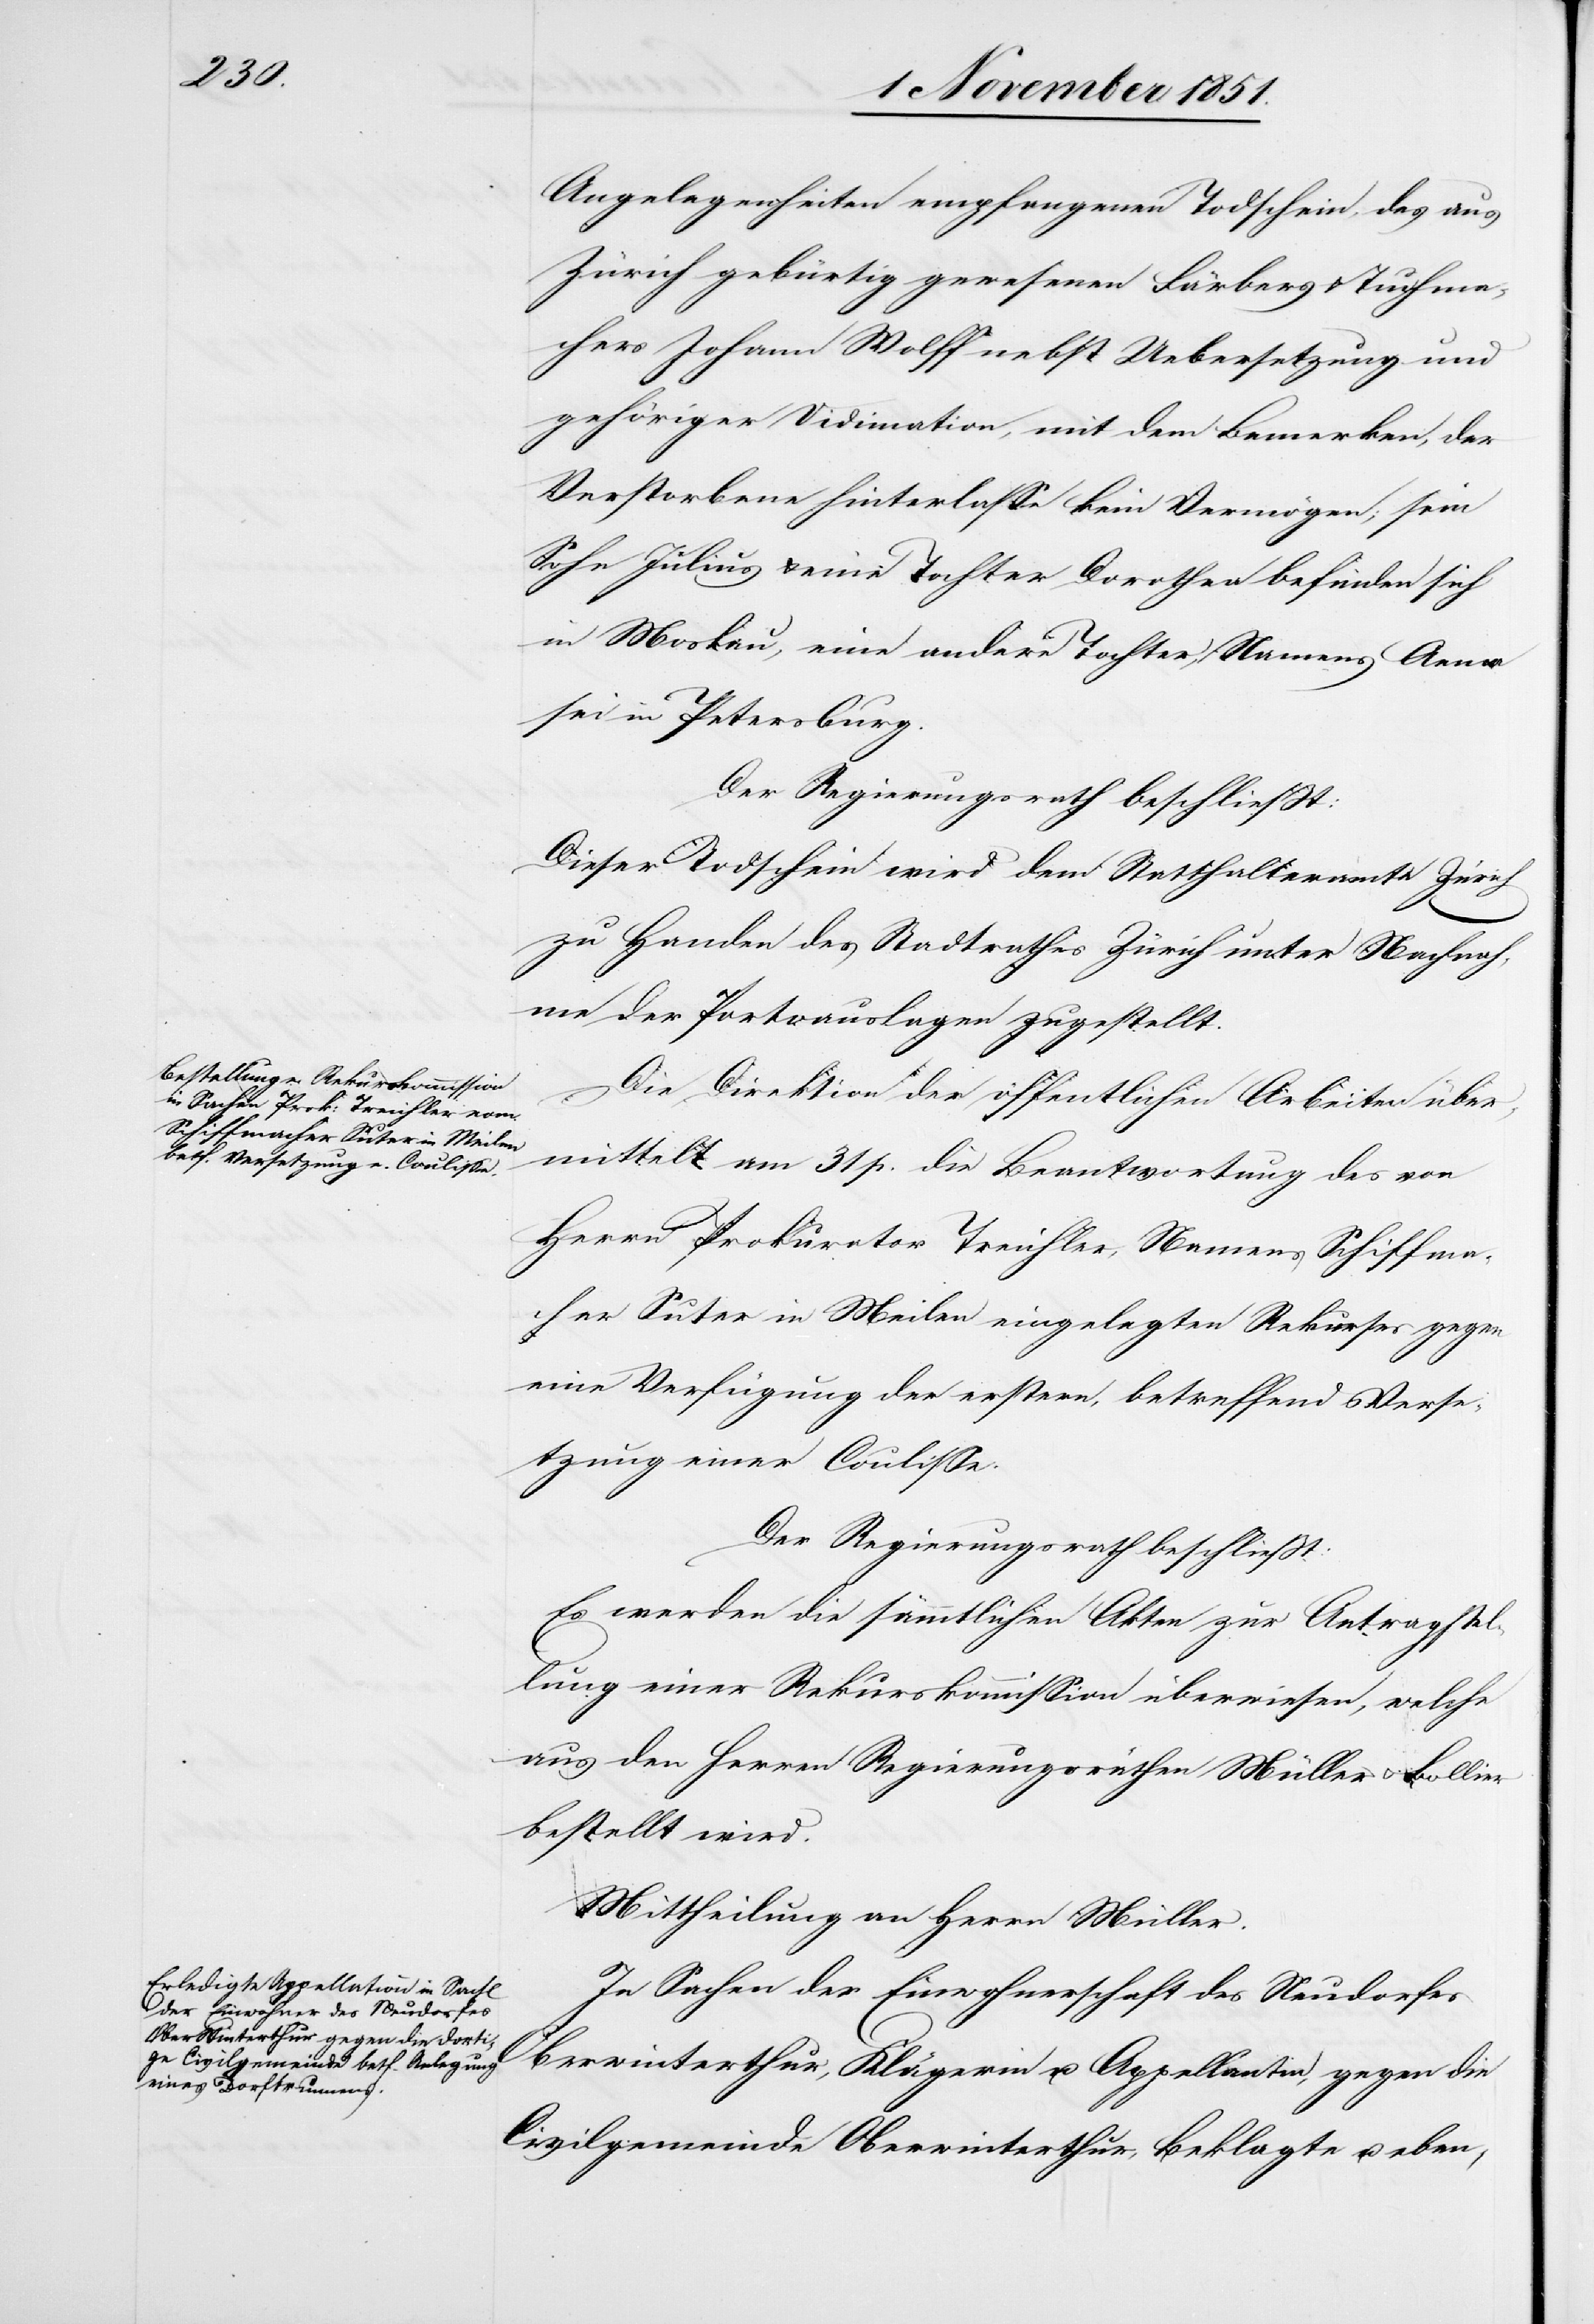
Angelegenheiten empfangenen Todschein, des aus
Zürich gebürtig gewesenen Färbers & Tuchma¬
chers Johann Wolff nebst Uebersetzung und
gehöriger Vidimation, mit dem Bemerken, der
Verstorbene hinterlasse kein Vermögen; sein
Sohn Julius & eine Tochter Dorothea befinden sich
in Moskau, eine andere Tochter, Namens Anna
sei in Petersburg.
Der Regierungsrath beschließt:
Dieser Todschein wird dem Statthalteramte Zürich
zu Handen des Stadtrathes Zürich unter Nachnah¬
me der Portoauslagen zugestellt.
Die Direktion der öffentlichen Arbeiten über¬
mittelt am 31 p. die Beantwortung des von
Herrn Prokurator Treichler, Namens Schiffma¬
cher Suter in Meilen eingelegten Rekurses gegen
eine Verfügung der erstern, betreffend Verse¬
tzung einer Coulisse.
Der Regierungsrath beschließt:
Es werden die sämmtlichen Akten zur Antragstel¬
lung einer Rekurskommission überwiesen, welche
aus den Herren Regierungsräthen Müller & Bollier
bestellt wird.
Mittheilung an Herrn Müller.
In Sachen der Einwohnerschaft des Neudorfes
Oberwinterthur, Klägerin u. Appellantin, gegen die
Civilgemeinde Oberwinterthur, Beklagte u. eben-